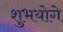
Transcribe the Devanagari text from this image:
शुभयोगे